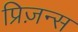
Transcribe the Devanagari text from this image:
प्रिज़न्स